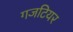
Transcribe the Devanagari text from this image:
गजटियर